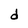
Character: d